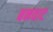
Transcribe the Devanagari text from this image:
बनवाट